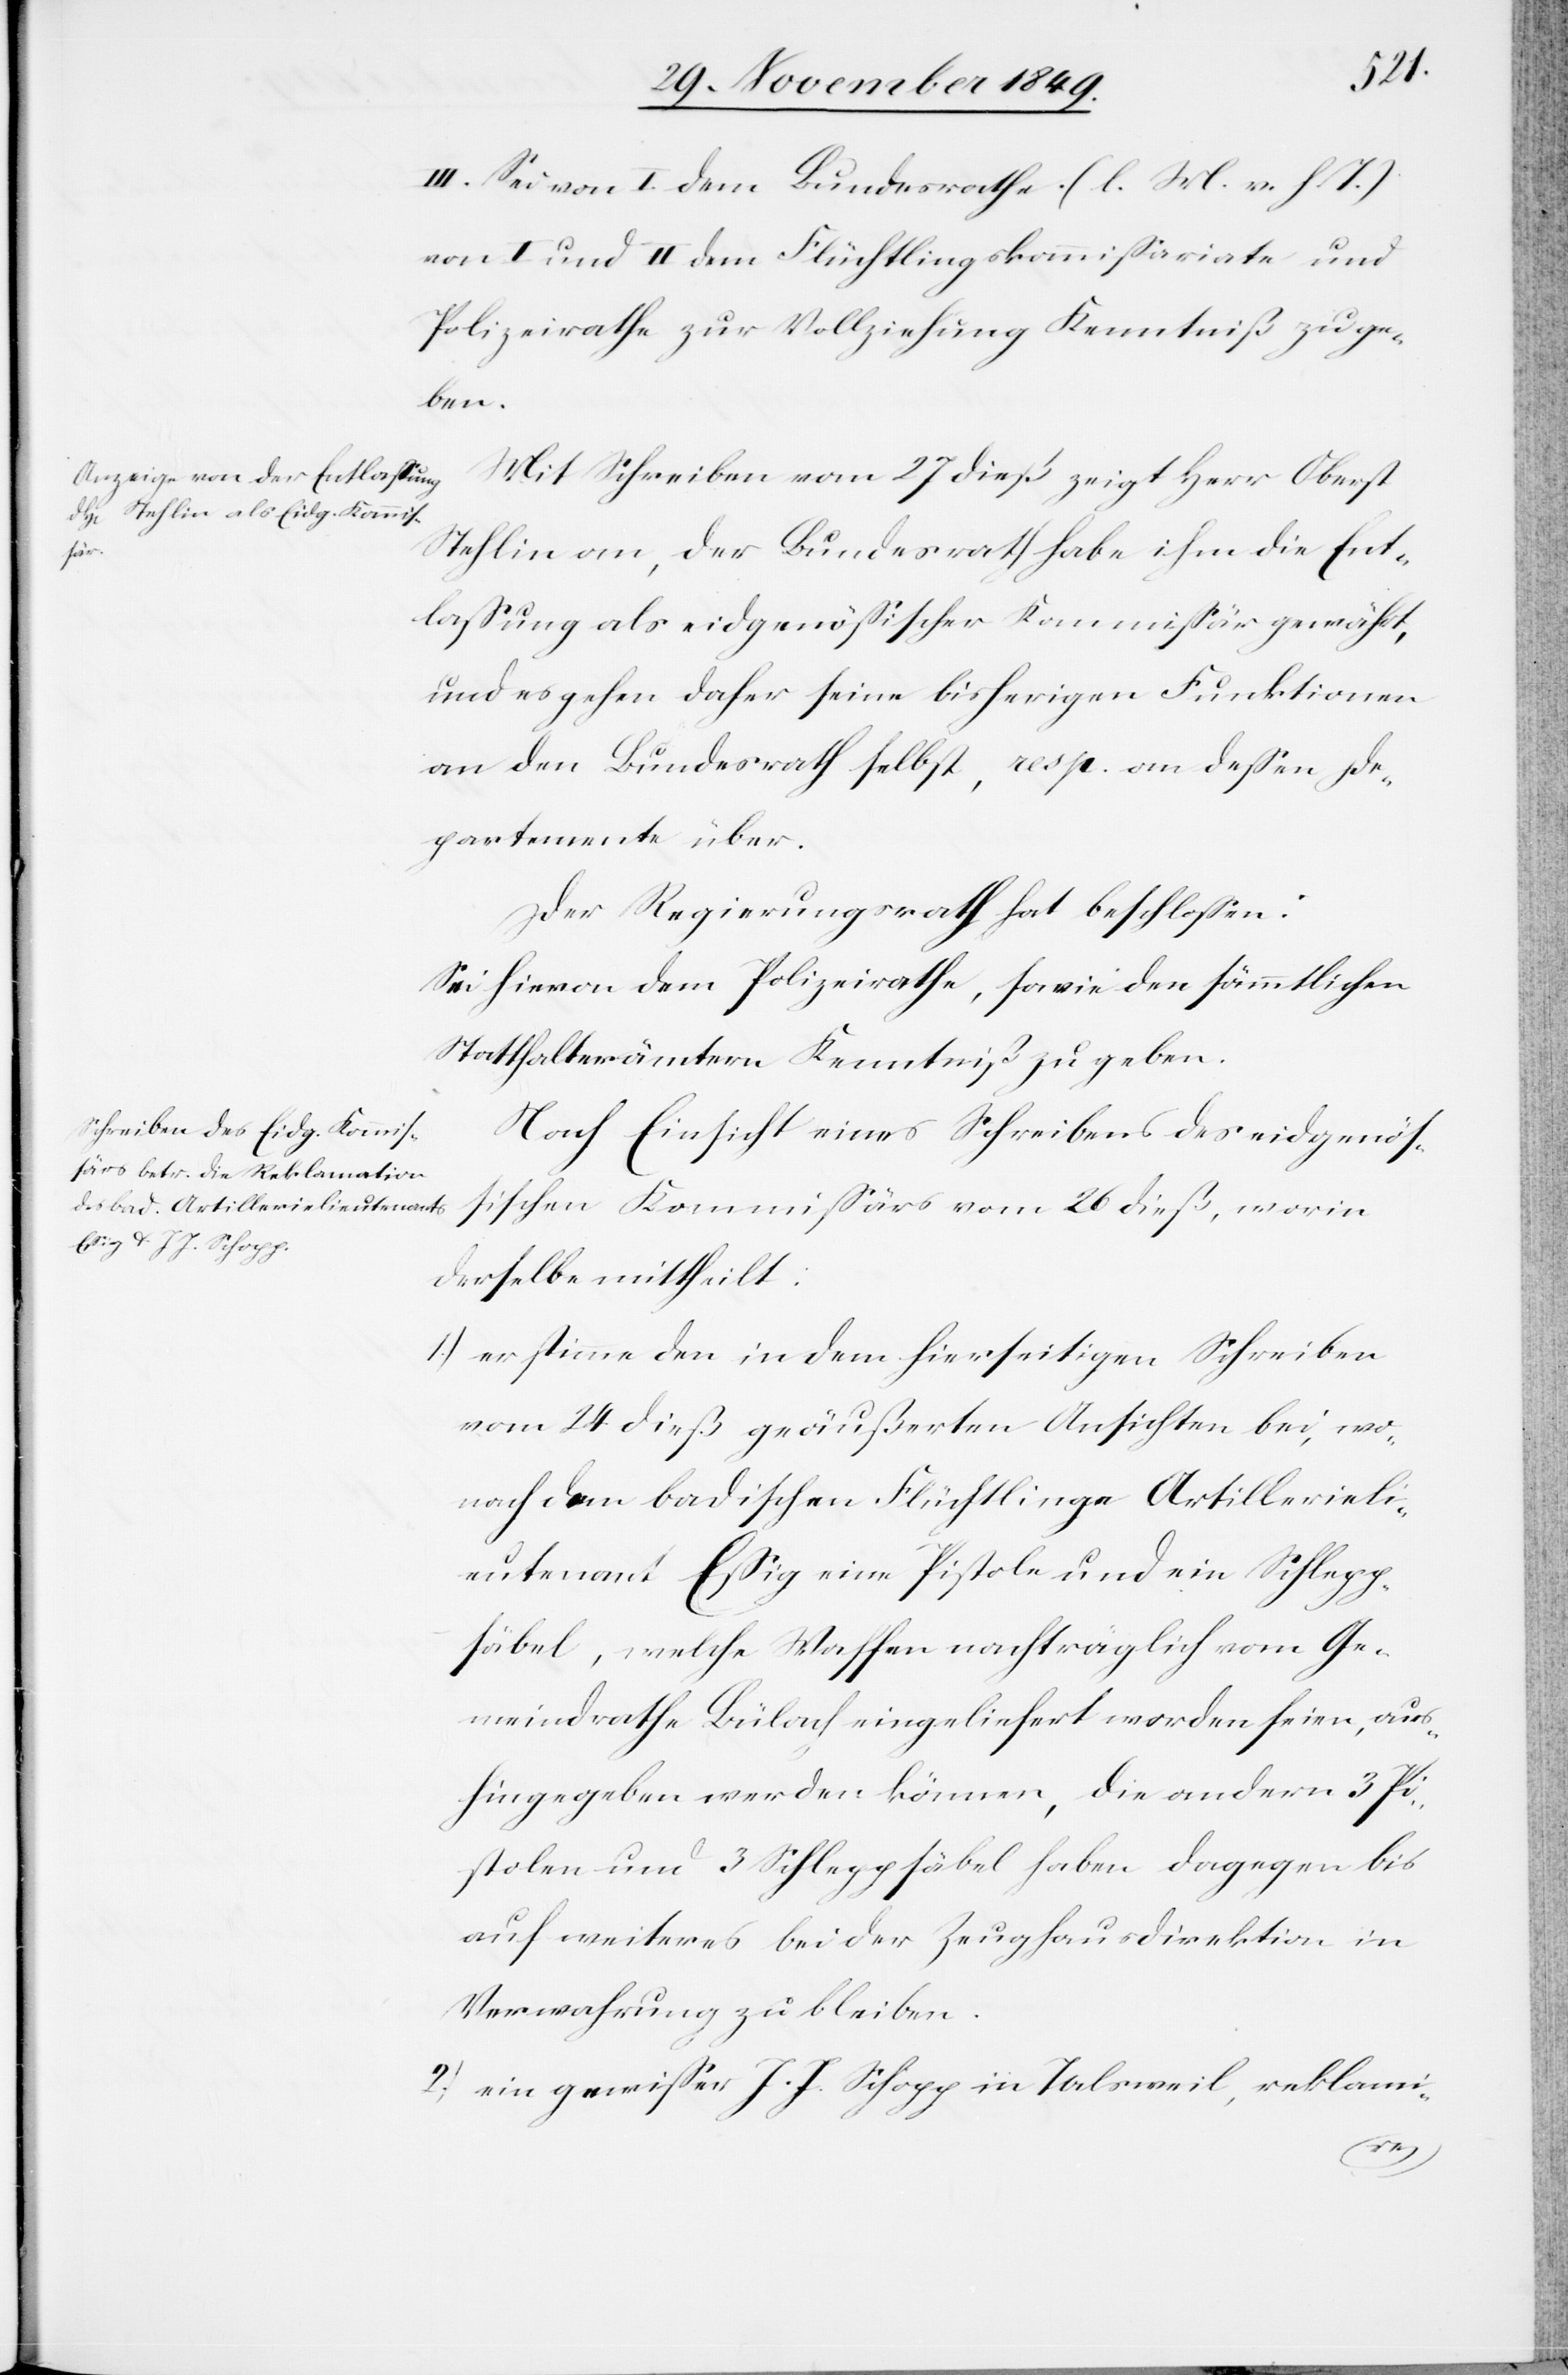
III. Sei von I dem Bundesrathe [l. M. v. h. T]
von I und II dem Flüchtlingskommißariate und
Polizeirathe zur Vollziehung Kenntniß zu ge¬
ben.
Mit Schreiben vom 27 dieß zeigt Herr Oberst
Stehlin an, der Bundesrath habe ihm die Ent¬
laßung als eidgenößischer Kommißär gewährt,
und es gehen daher seine bisherigen Funktionen
an den Bundesrath selbst, resp. an deßen De¬
partemente über.
Der Regierungsrath hat beschloßen:
Sei hievon dem Polizeirathe, sowie den sämmtlichen
Statthalterämtern Kenntniß zu geben.
Nach Einsicht eines Schreibens des eidgenöß¬
ischen Kommißärs vom 26 dieß, worin
derselbe mittheilt:
1.) er stimme den in dem hierseitigen Schreiben
vom 24 dieß geäußerten Ansichten bei, wo¬
nach dem badischen Flüchtlinge Artillerieli¬
eutnant Eßig eine Pistole und ein Schlepp¬
säbel, welche Waffen nachträglich vom Ge¬
meindrathe Bülach eingeliefert worden seien, aus¬
hingegeben werden können, die andern 3 Pi¬
stolen und 3 Schleppsäbel haben dagegen bis
auf weiteres bei der Zeughausdirektion in
Verwahrung zu bleiben.
2.) ein gewißer J. J. Schopp in Talsweil, reklami-